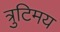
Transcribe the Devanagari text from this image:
त्रुटिमय